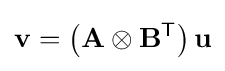
\mathbf {v} =\left(\mathbf {A} \otimes \mathbf {B} ^{\textsf {T}}\right)\mathbf {u}